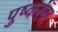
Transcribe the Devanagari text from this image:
पुष्करना